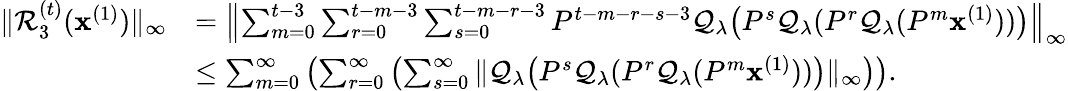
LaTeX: \begin{array}{rl}{\| \mathcal{R}_{3}^{(t)}(\mathbf{x}^{(1)})\| _{\infty}}&{=\left\| \sum_{m=0}^{t-3}\sum_{r=0}^{t-m-3}\sum_{s=0}^{t-m-r-3}P^{t-m-r-s-3}\mathcal{Q}_{\lambda}\big(P^{s}\mathcal{Q}_{\lambda}(P^{r}\mathcal{Q}_{\lambda}(P^{m}\mathbf{x}^{(1)}))\big)\right\| _{\infty}}\\ &{\leq\sum_{m=0}^{\infty}\left(\sum_{r=0}^{\infty}\left(\sum_{s=0}^{\infty}\| \mathcal{Q}_{\lambda}\big(P^{s}\mathcal{Q}_{\lambda}(P^{r}\mathcal{Q}_{\lambda}(P^{m}\mathbf{x}^{(1)}))\big)\| _{\infty}\right)\right).}\end{array}